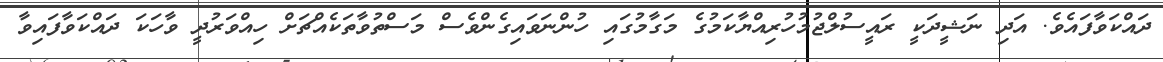
ދައްކަވާފައެވެ. އަދި ނަޝީދަކީ ރައީސުލްޖުމުހުރިއްޔާކަމުގެ މަގާމުގައި ހުންނަވައިގެންވެސް މަސްތުވާތަކެއްޗަށް ހިއްވަރުދީ ވާހަކަ ދައްކަވާފައިވާ